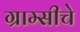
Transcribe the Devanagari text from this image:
ग्राम्सीचे